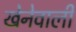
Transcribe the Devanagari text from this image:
खेनेवाली